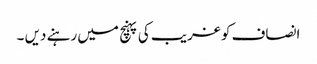
انصاف کو غریب کی پہنچ میں رہنے دیں ۔